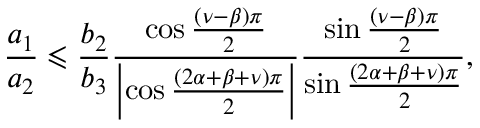
\frac { a _ { 1 } } { a _ { 2 } } \leqslant \frac { b _ { 2 } } { b _ { 3 } } \frac { \cos \frac { \left( \nu - \beta \right) \pi } { 2 } } { \left\vert \cos \frac { \left( 2 \alpha + \beta + \nu \right) \pi } { 2 } \right\vert } \frac { \sin \frac { \left( \nu - \beta \right) \pi } { 2 } } { \sin \frac { \left( 2 \alpha + \beta + \nu \right) \pi } { 2 } } ,